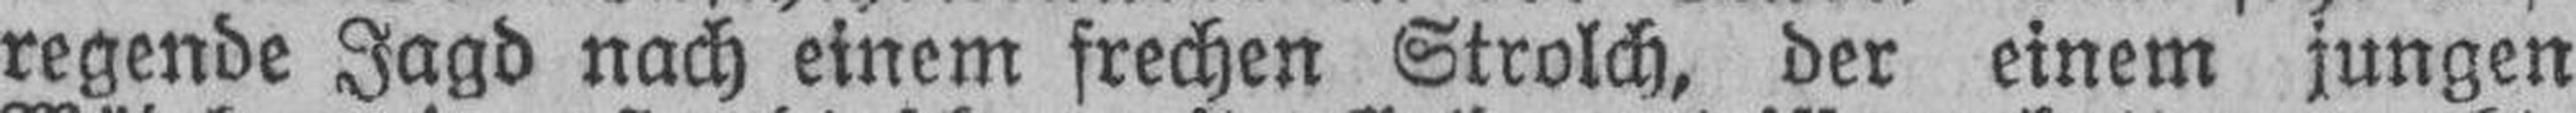
regende Jagd nach einem frechen Strolch, der einem jungen